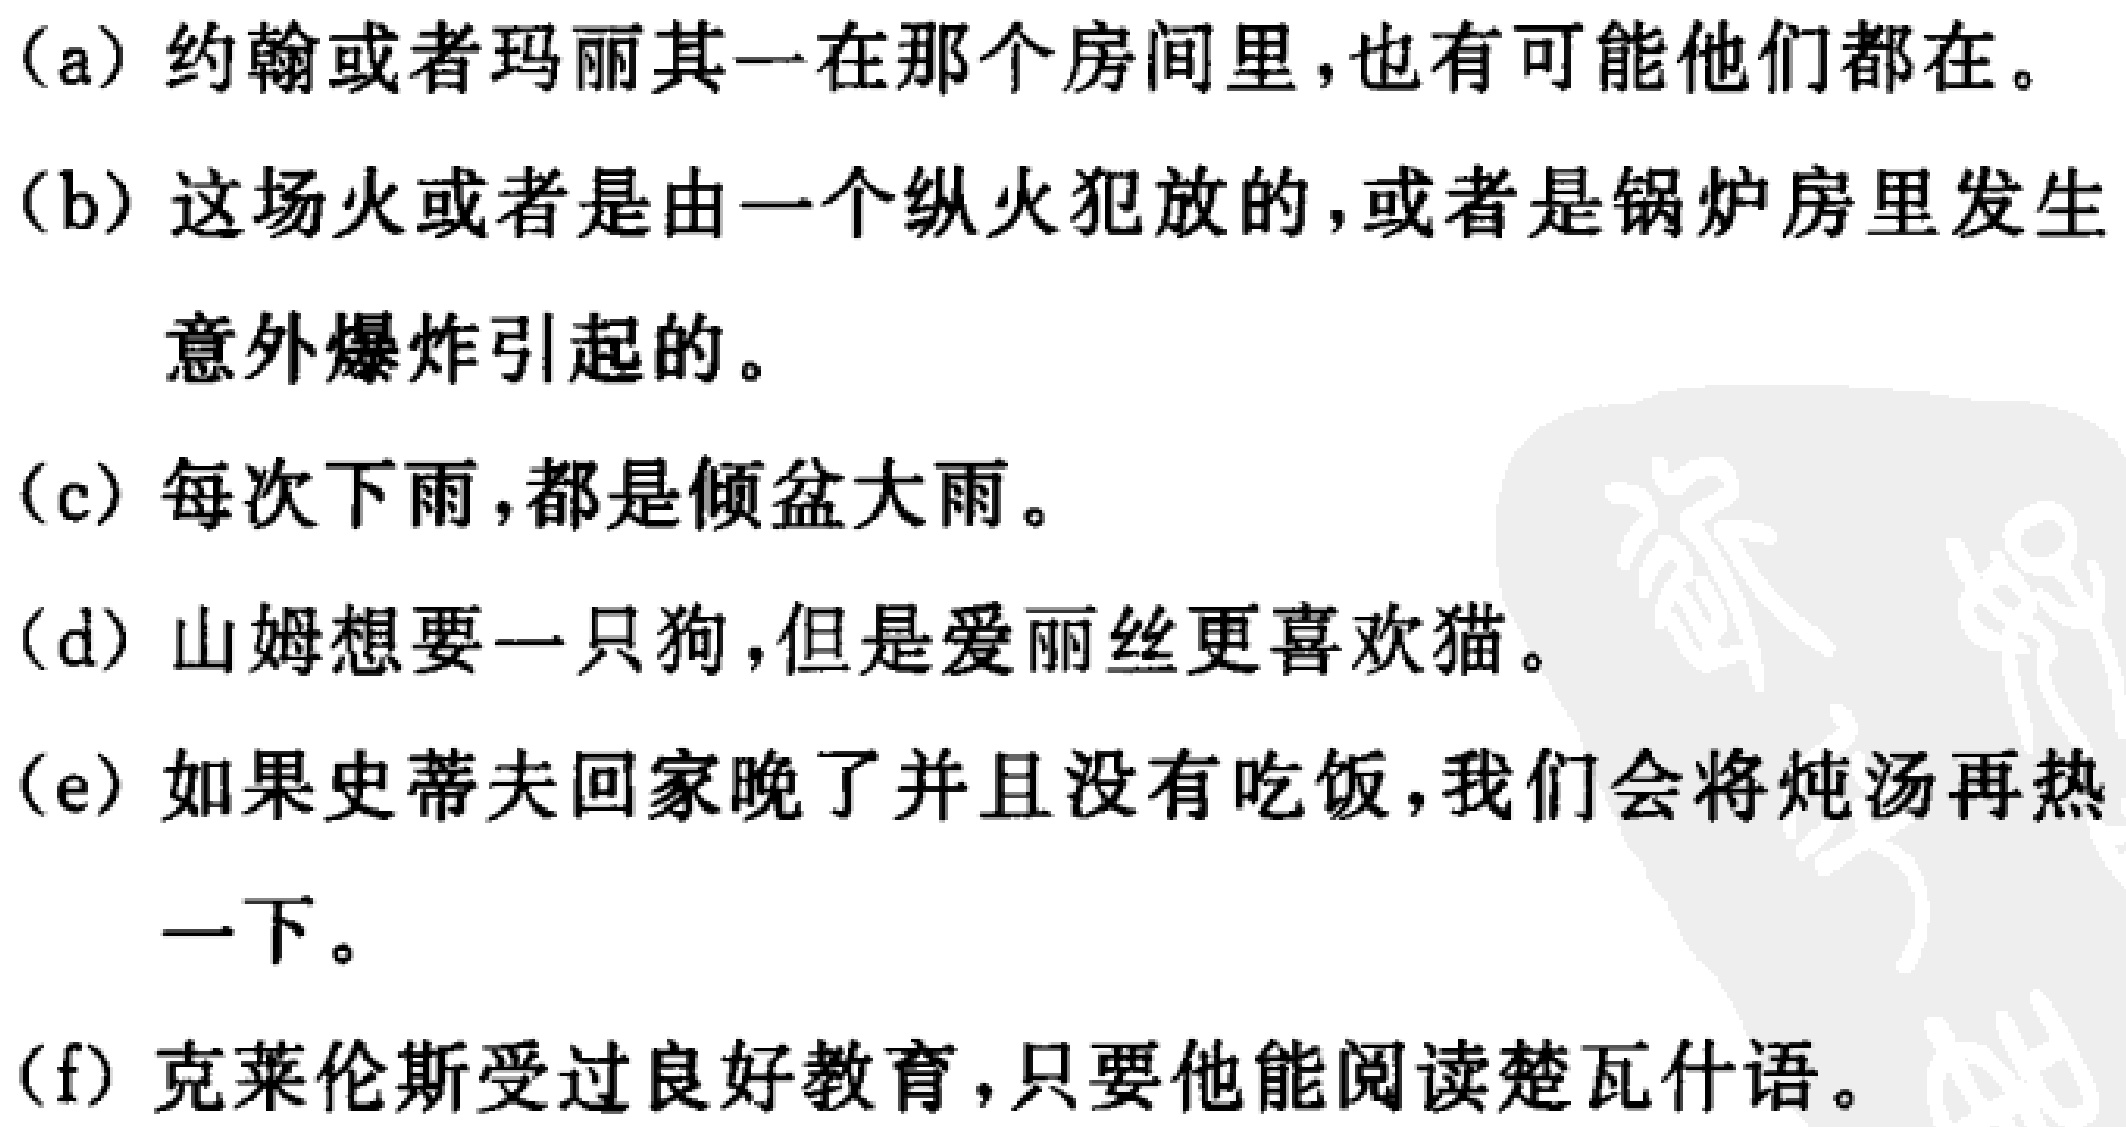
(a) 约翰或者玛丽其一在那个房间里,也有可能他们都在。
(b) 这场火或者是由一个纵火犯放的,或者是锅炉房里发生意外爆炸引起的。
(c) 每次下雨,都是倾盆大雨。
(d) 山姆想要一只狗,但是爱丽丝更喜欢猫。
(e) 如果史蒂夫回家晚了并且没有吃饭,我们会将炖汤再热一下。
(f) 克莱伦斯受过良好教育,只要他能阅读楚瓦什语。